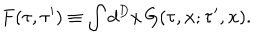
F ( \tau , \tau ^ { \prime } ) \equiv \int d ^ { D } x \, G ( \tau , { \bf x } ; \tau ^ { \prime } , { \bf x } ) .